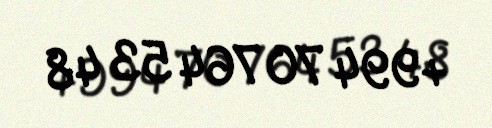
+994 70 764 53 48